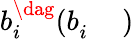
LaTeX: b_{i}^{\dag}(b_{i}^{\phantom{\dag}})